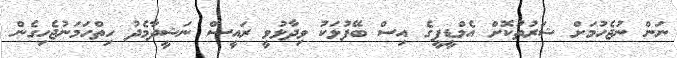
ނަން ނުޖެހުމަށް ޝަރުތުކޮށް އެމްޑީޕީގެ އިސް ބޭފުޅަކު ވިދާޅުވީ ރައީސް ނަޝީދާމެދު ހިތްހަމަނުޖެހިގެން